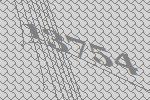
13754